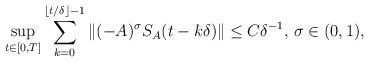
LaTeX: \begin{align*} \sup_{t\in [0,T]}\sum_{k=0}^{\lfloor t / \delta\rfloor -1}\|(-A)^{\sigma}S_{A}(t-k\delta)\|\le C\delta^{-1}, \, \sigma\in(0,1), \end{align*}